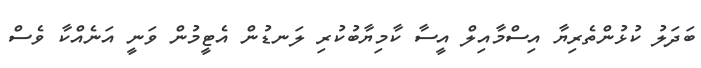
ބަދަލު ކުޅުންތެރިޔާ އިސްމާއިލް އީސާ ކާމިޔާބުކުރި ލަނޑުން އެޓީމުން ވަނީ އަނެއްކާ ވެސް